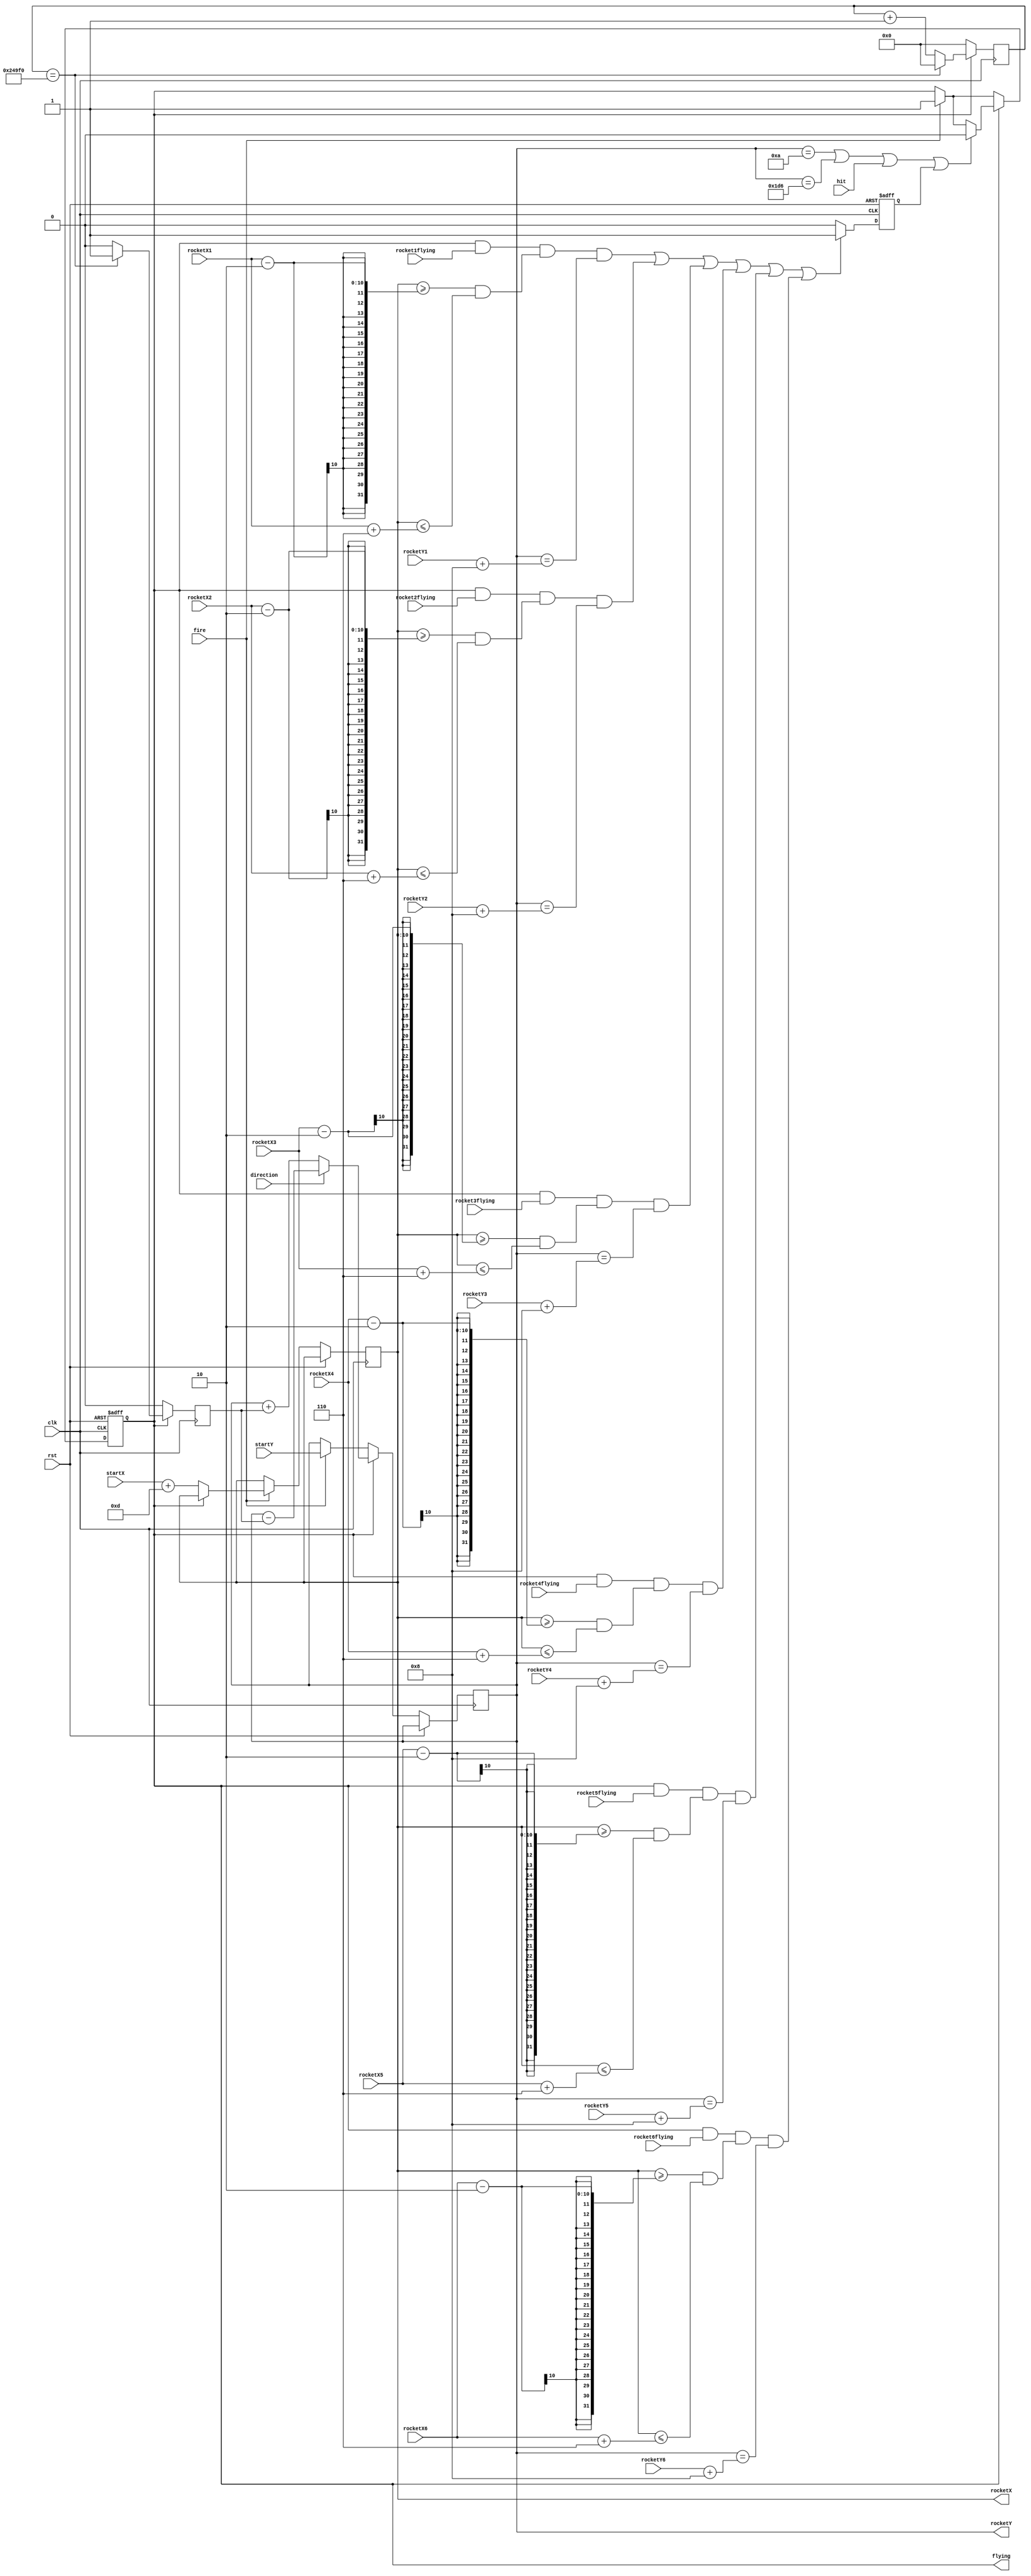
module rocket(clk,rst,startX,startY,
        rocketX,rocketY,
        rocketX1,rocketY1,
        rocketX2,rocketY2,
        rocketX3,rocketY3,
        rocketX4,rocketY4,
        rocketX5,rocketY5,
        rocketX6,rocketY6,
        rocket1flying,
        rocket2flying,
        rocket3flying,
        rocket4flying,
        rocket5flying,
        rocket6flying,
        direction,fire,flying,hit
        );

    input clk,rst,fire,hit,direction,rocket1flying,rocket2flying,rocket3flying,rocket4flying,rocket5flying,rocket6flying;
    input [9:0]startX,rocketX1,rocketX2,rocketX3,rocketX4,rocketX5,rocketX6;
    input [8:0]startY,rocketY1,rocketY2,rocketY3,rocketY4,rocketY5,rocketY6;
    output reg flying;
    output reg [9:0]rocketX;
    output reg [8:0]rocketY;
    reg [23:0] counter;
    reg speed,rockethit;
    
    always@(posedge clk or posedge rst)
    begin
        if(rst)
        begin
            rockethit <= 0;
        end else 
        begin
            if( ((flying && rocket1flying) && ((rocketX >= rocketX1 - 2)&&(rocketX <= rocketX1 + 6))&&(rocketY == rocketY1 + 8))||
                ((flying && rocket2flying) && ((rocketX >= rocketX2 - 2)&&(rocketX <= rocketX2 + 6))&&(rocketY == rocketY2 + 8))||
                ((flying && rocket3flying) && ((rocketX >= rocketX3 - 2)&&(rocketX <= rocketX3 + 6))&&(rocketY == rocketY3 + 8))||
                ((flying && rocket4flying) && ((rocketX >= rocketX4 - 2)&&(rocketX <= rocketX4 + 6))&&(rocketY == rocketY4 + 8))||
                ((flying && rocket5flying) && ((rocketX >= rocketX5 - 2)&&(rocketX <= rocketX5 + 6))&&(rocketY == rocketY5 + 8))||
                ((flying && rocket6flying) && ((rocketX >= rocketX6 - 2)&&(rocketX <= rocketX6 + 6))&&(rocketY == rocketY6 + 8)))
            begin 
                rockethit <= 1'b1;
            end else begin
                rockethit <= 0;
            end      
        end
    end
    
    always@(posedge clk or posedge rst)
    begin
        if(rst)
        begin   
            flying <=0;
        end else
        begin
            if(fire)
            begin
                if(flying == 0)begin
                    flying <=1;
                    rocketX <= startX + 10'd13;
                    rocketY <= startY;
                end
            end 
            if(flying)
            begin   
                rocketY <= direction ? (rocketY - speed):(rocketY + speed);
                if((rocketY == 10) || (rocketY == 470) || hit || rockethit)
                begin
                    flying <= 0;
                end
            end
        end
    end
    
    always@(posedge clk)
        if(flying)
        begin
            if(counter == 24'd150_000)begin
                 speed <= 1'b1;
                 counter <= 0;
            end else begin
                 counter <= counter + 1'b1;
                 speed <= 0;
            end
        end else begin
            counter <= 0;
            speed <= 0;
        end
    
endmodule